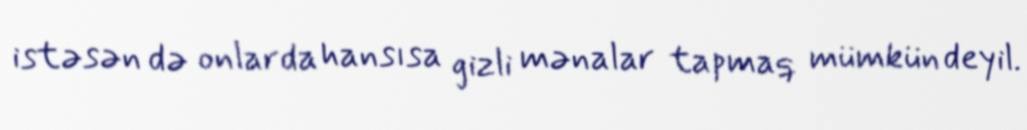
istəsən də onlarda hansısa gizli mənalar tapmaq mümkün deyil.